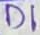
Text: D1